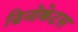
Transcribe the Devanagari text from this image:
डिनोक्रेटस